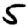
Digit: 5